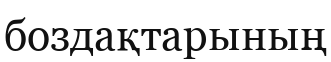
боздақтарының